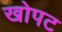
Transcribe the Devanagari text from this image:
खोपट